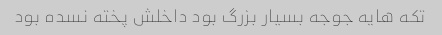
تکه هایه جوجه بسیار بزرگ بود داخلش پخته نسده بود